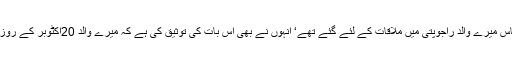
اخلاق نے کہاکہ’’ میرے انٹی سلیمہ خاتون ‘ جس کے پاس میرے والد راجوپتی میں ملاقات کے لئے گئے تھے‘ انہوں نے بھی اس بات کی توثیق کی ہے کہ میرے والد 20اکٹوبر کے روز دوپہر بارہ بجے کے قریب گھر سے روانہ ہوئی تھے۔